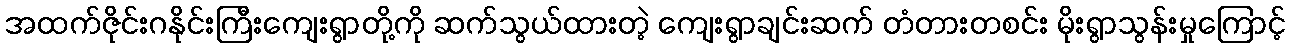
အထက်ဇိုင်းဂနိုင်းကြီးကျေးရွာတို့ကို ဆက်သွယ်ထားတဲ့ ကျေးရွာချင်းဆက် တံတားတစင်း မိုးရွာသွန်းမှုကြောင့်